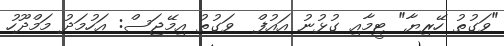
"ވަގުތު ހޭރިޔާ" ޓީމާއި ގުޅުނު އައުފް  ވަގުތު އިމޭޖަސް: އަހުމަދު މަމްދޫހު